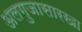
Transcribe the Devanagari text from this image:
अलगुजासारखा